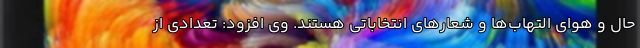
حال و هوای التهاب‌ها و شعارهای انتخاباتی هستند. وی افزود: تعدادی از